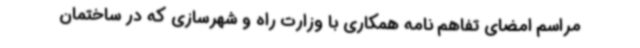
مراسم امضای تفاهم نامه همکاری با وزارت راه و شهرسازی که در ساختمان